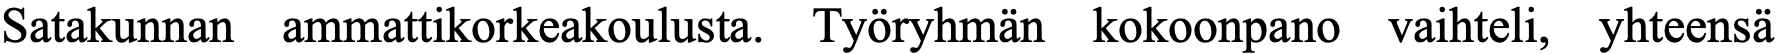
Satakunnan ammattikorkeakoulusta. Työryhmän kokoonpano vaihteli, yhteensä